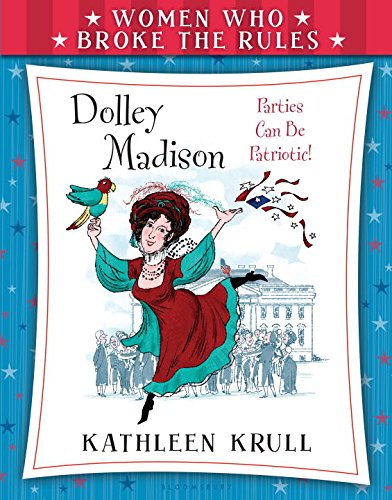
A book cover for Women Who Broke the Rules: Dolley Madison; Kathleen Krull; Children's Books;